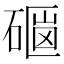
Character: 𥕇